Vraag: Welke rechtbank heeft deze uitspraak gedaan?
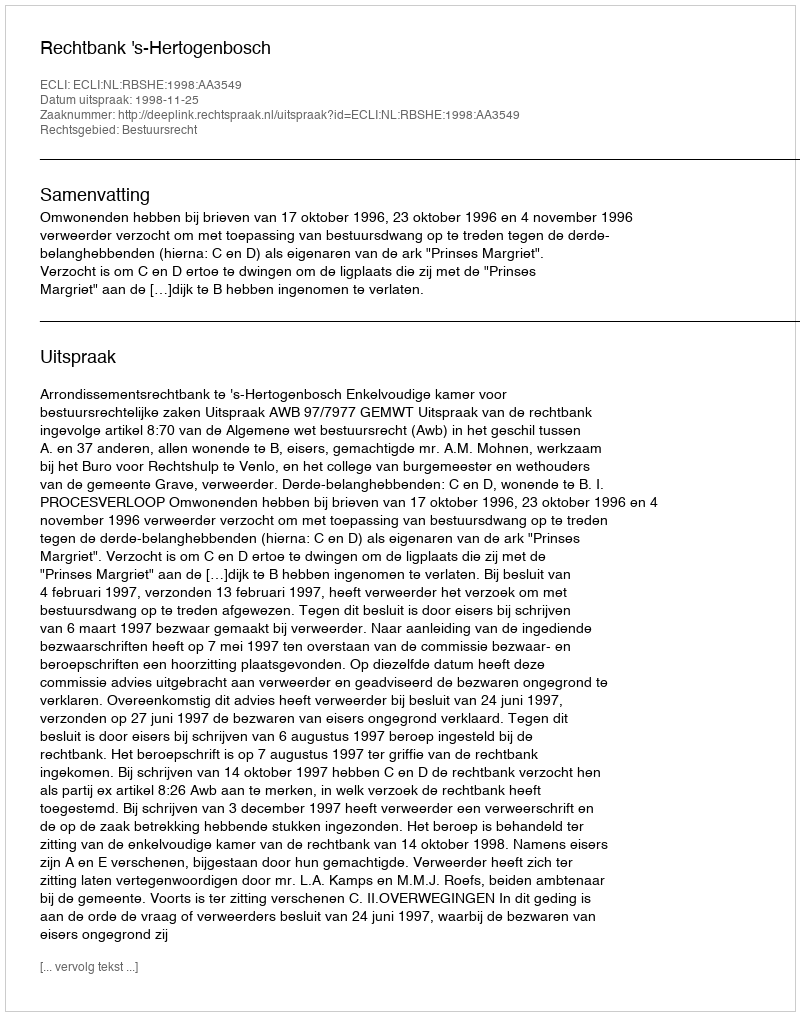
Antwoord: Rechtbank 's-Hertogenbosch